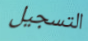
التسجيل